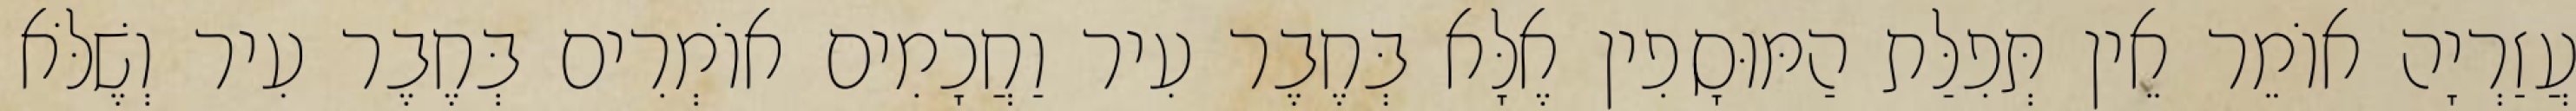
עֲזַרְיָה אוֹמֵר אֵין תְּפִלַּת הַמּוּסָפִין אֶלָּא בְּחֶבֶר עִיר וַחֲכָמִים אוֹמְרִים בְּחֶבֶר עִיר וְשֶׁלֹּא